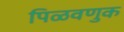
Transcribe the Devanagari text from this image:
पिळवणुक